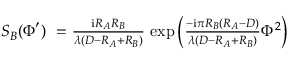
\begin{array} { r l r } { S _ { B } ( \boldsymbol \Phi ^ { \prime } ) } & { { } \! \! \! \! = } & { \! \! \! \! { \frac { \mathrm { i } R _ { A } R _ { B } } { \lambda ( D - R _ { A } + R _ { B } ) } } \, \exp \left( { \frac { - \mathrm { i } \pi R _ { B } ( R _ { A } - D ) } { \lambda ( D - R _ { A } + R _ { B } ) } } \Phi ^ { 2 } \right) } \end{array}